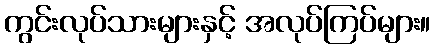
ကွင်းလုပ်သားများနှင့် အလုပ်ကြပ်များ။